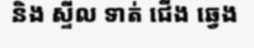
និង ស្ទីល ទាត់ ជើង ឆ្វេង